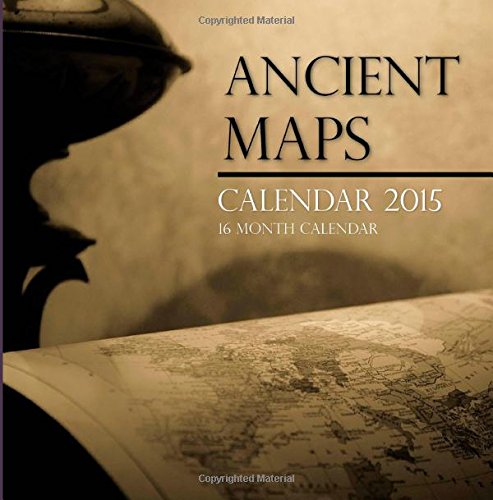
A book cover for Ancient Maps Calendar 2015: 16 Month Calendar; Sam Hub; Calendars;